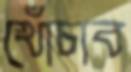
খোঁচাব